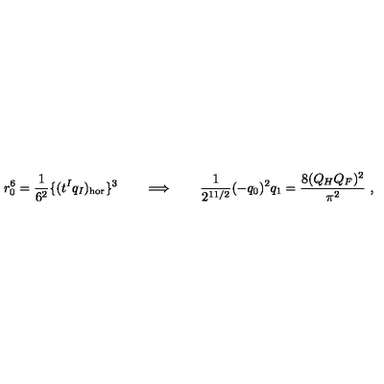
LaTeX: r _ { 0 } ^ { 6 } = { \frac { 1 } { 6 ^ { 2 } } } \{ ( t ^ { I } q _ { I } ) _ { \mathrm { h o r } } \} ^ { 3 } \qquad \Longrightarrow \qquad { \frac { 1 } { 2 ^ { 1 1 / 2 } } } ( - q _ { 0 } ) ^ { 2 } q _ { 1 } = { \frac { 8 ( Q _ { H } Q _ { F } ) ^ { 2 } } { \pi ^ { 2 } } } \ ,